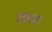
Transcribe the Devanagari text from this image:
छडवा